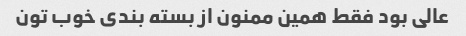
عالی بود فقط همین ممنون از بسته بندی خوب تون